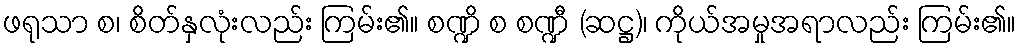
ဖရုသာ စ၊ စိတ်နှလုံးလည်း ကြမ်း၏။ စဏ္ဍိ စ စဏ္ဍီ (ဆဋ္ဌ)၊ ကိုယ်အမှုအရာလည်း ကြမ်း၏။